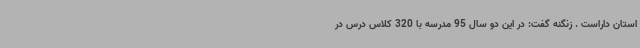
استان داراست . زنگنه گفت: در این دو سال 95 مدرسه با 320 کلاس درس در